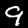
Digit: 9